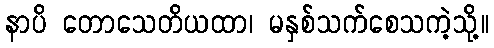
နာပိ တောသေတိယထာ၊ မနှစ်သက်စေသကဲ့သို့။